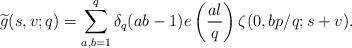
LaTeX: \begin{align*} \widetilde{g}(s,v;q)=\sum_{a,b=1}^{q}\delta_q(ab-1)e\left( \frac{al}{q}\right)\zeta(0,bp/q;s+v).\end{align*}